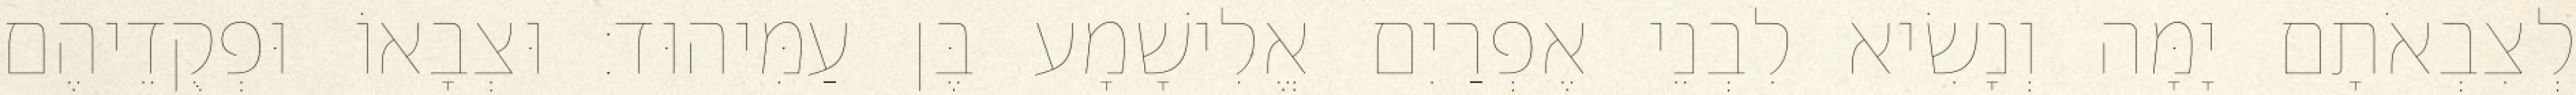
לְצִבְאֹתָם יָמָּה וְנָשִׂיא לִבְנֵי אֶפְרַיִם אֱלִישָׁמָע בֶּן עַמִּיהוּד׃ וּצְבָאוֹ וּפְקֻדֵיהֶם